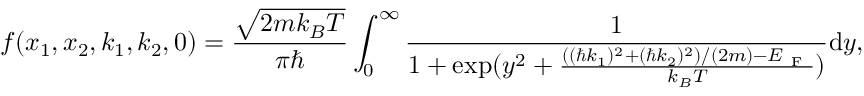
f ( x _ { 1 } , x _ { 2 } , k _ { 1 } , k _ { 2 } , 0 ) = \frac { \sqrt { 2 m k _ { B } T } } { \pi \hbar } \int _ { 0 } ^ { \infty } \frac { 1 } { 1 + \exp ( y ^ { 2 } + \frac { ( ( \hbar k _ { 1 } ) ^ { 2 } + ( \hbar k _ { 2 } ) ^ { 2 } ) / ( 2 m ) - E _ { \mathrm { ~ F ~ } } } { k _ { B } T } ) } \mathrm { d } y ,